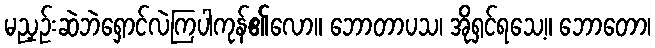
မညှဉ်းဆဲဘဲရှောင်လဲကြပါကုန်၏လော။ ဘောတာပသ၊ အိုရှင်ရသေ့။ ဘောတော၊